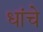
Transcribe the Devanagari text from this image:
धांचे